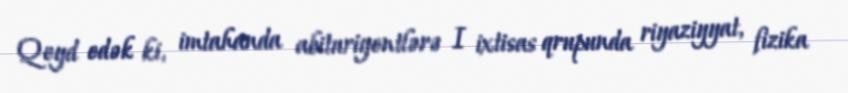
Qeyd edək ki, imtahanda abituriyentlərə I ixtisas qrupunda riyaziyyat, fizika